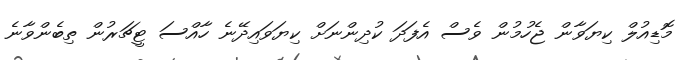
މޮޑިއުލް ކިޔަވާން ޖެހުމުން ވެސް އެފަދަ ކުދިންނަށް ކިޔަވައިދޭނެ ހާއްސަ ޓީޗަރުން ތިބެންވާނެ